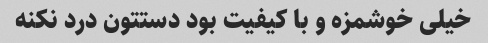
خیلی خوشمزه و با کیفیت بود دستتون درد نکنه